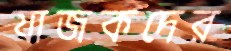
যাজকদের